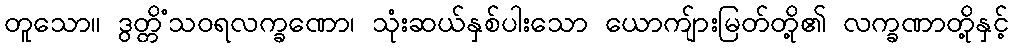
တူသော။ ဒွတ္တိံသဝရလက္ခဏော၊ သုံးဆယ်နှစ်ပါးသော ယောကျ်ားမြတ်တို့၏ လက္ခဏာတို့နှင့်